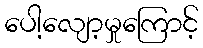
ပေါ့လျော့မှုကြောင့်